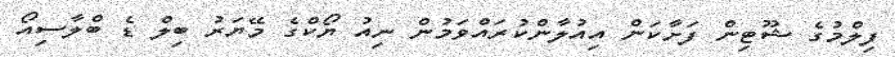
ފިލްމުގެ ޝޫޓިން ފަށާކަން އިއުލާންކުރައްވަމުން ނިއު ޔޯކްގެ މޭޔަރު ބިލް ޑެ ބްލާސިއޯ